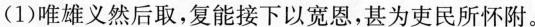
(1)唯雄义然后取，复能接下以宽恩，甚为吏民所怀附。